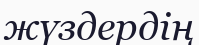
жүздердің